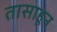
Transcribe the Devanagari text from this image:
तासाहून